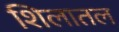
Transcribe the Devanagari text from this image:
शिलातल